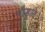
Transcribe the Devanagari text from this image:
गौड्ले